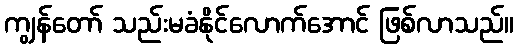
ကျွန်တော် သည်းမခံနိုင်လောက်အောင် ဖြစ်လာသည်။